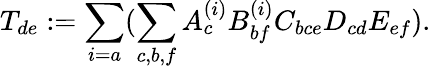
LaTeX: T_{de}:=\sum_{i=a}(\sum_{c,b,f}A_{c}^{(i)}B_{bf}^{(i)}C_{bce}D_{cd}E_{ef}).